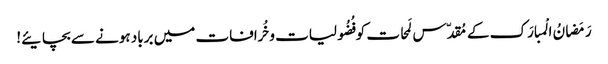
رَمَضانُ الْمبارَک کے مُقدّس لَمحات کو فُضُولیات وخُرافات میں برباد ہونے سے بچایئے!